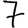
Digit: 7